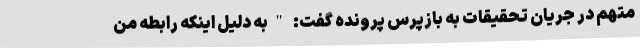
متهم در جریان تحقیقات به بازپرس پرونده گفت: "به دلیل اینکه رابطه من